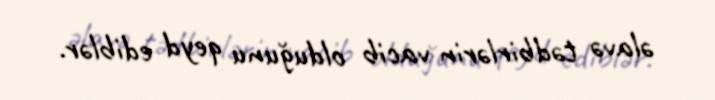
əlavə tədbirlərin vacib olduğunu qeyd ediblər.